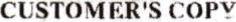
CUSTOMER'S COPY